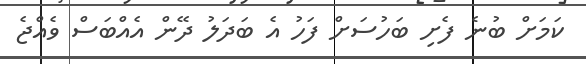
ކަމަށް ބުނެ ފެށި ބަހުސަށް ފަހު އެ ބަދަލު ދޭން އެއްބަސް ވެއްޖެ